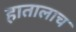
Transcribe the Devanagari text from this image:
हातालाच